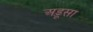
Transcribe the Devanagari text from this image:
अड़ूसा